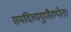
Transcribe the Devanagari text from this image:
समदिव्यगुणैरुपेत।